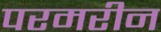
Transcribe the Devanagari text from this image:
परमरीन